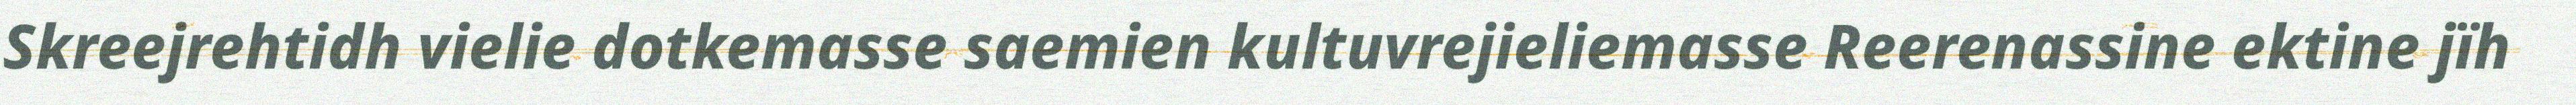
Skreejrehtidh vielie dotkemasse saemien kultuvrejieliemasse Reerenassine ektine jïh